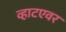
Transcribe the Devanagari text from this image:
व्हाटएवर